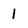
Character: 1